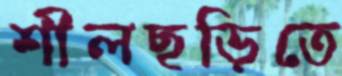
শীলছড়িতে